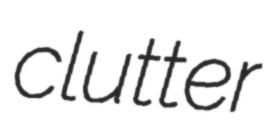
clutter